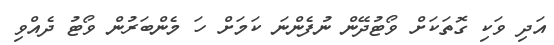
އަދި ވަކި ގޮތަކަށް ވޯޓުދޭން ނުފެންނަ ކަމަށް ހަ މެންބަރުން ވޯޓު ދެއްވި